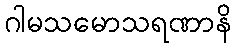
ဂါမသမောသရဏာနိ